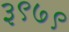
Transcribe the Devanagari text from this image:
३९७९